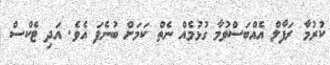
ކުރުމާ ރަފާލް އެއްބަސްވުމާ ގުޅުމެއް ނެތް ކަމަށް ބުނެފަ އެވެ. އަދި ޓެކްސް